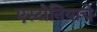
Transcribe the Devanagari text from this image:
एस्टोनियाचे